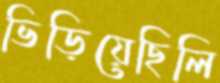
ভিড়িয়েছিলি